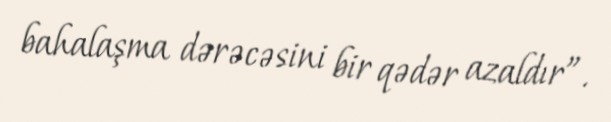
bahalaşma dərəcəsini bir qədər azaldır”.